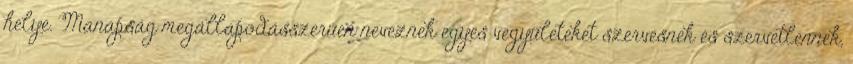
helye. Manapság megállapodásszerűen neveznek egyes vegyületeket szervesnek és szervetlennek,